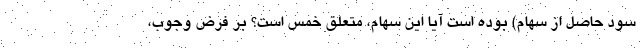
سودِ حاصل از سهام) بوده است آیا این سهام، متعلَق خمس است؟ بر فرض وجوب،